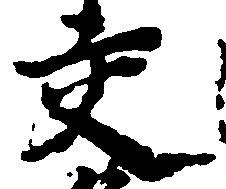
交